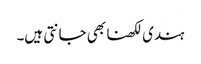
ہندی لکھنا بھی جانتی ہیں۔